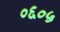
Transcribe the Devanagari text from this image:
०६०५